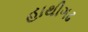
હાથીગઢ